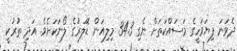
ދެވަނަ ފިޔަވަހީގެ މަސައްކަތަށް ނެގި 34.3 މިލިއަން ޑޮލަރުގެ ލޯނަކަށެވެ. އަދި ތުރުކީ